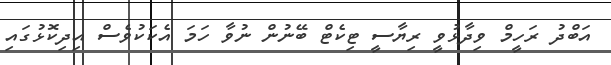
އަބްދު ރަހީމް ވިދާޅުވީ ރިޔާސީ ޓިކެޓް ބޭނުން ނުވާ ހަމަ އެކަކުވެސް އިދިކޮޅުގައި